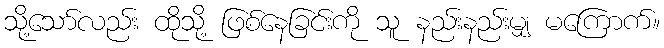
သို့သော်လည်း ထိုသို့ ဖြစ်နေခြင်းကို သူ နည်းနည်းမျှ မကြောက်။